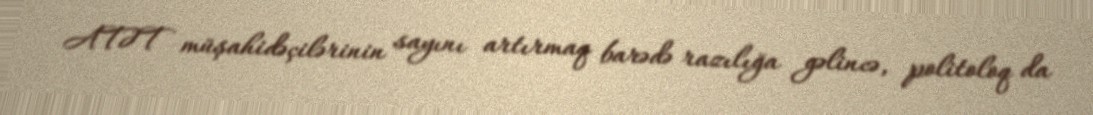
ATƏT müşahidəçilərinin sayını artırmaq barədə razılığa gəlincə, politoloq da